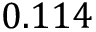
0 . 1 1 4